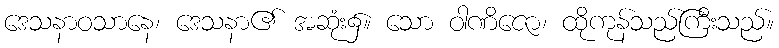
ဒေသနာဝသာနေ၊ ဒေသနာ၏ အဆုံး၌။ သော ဝါဏိဇော၊ ထိုကုန်သည်ကြီးသည်။